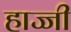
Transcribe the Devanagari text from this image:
हाज्जी